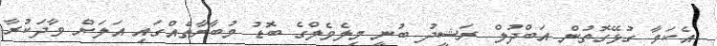
އެކަމާ ގުޅޭގޮތުން އަބްދުލް ރަޝީދު ބުނީ މިލެވެލްގެ ބޮޑު މުބާރާތެއްގައި އަލަށް ވާދަކުރާ